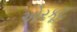
ઓરકૂટ